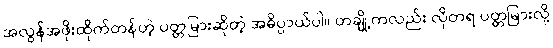
အလွန်အဖိုးထိုက်တန်တဲ့ ပတ္တမြားဆိုတဲ့ အဓိပ္ပာယ်ပါ။ တချို့ကလည်း လိုတရ ပတ္တမြားလို့